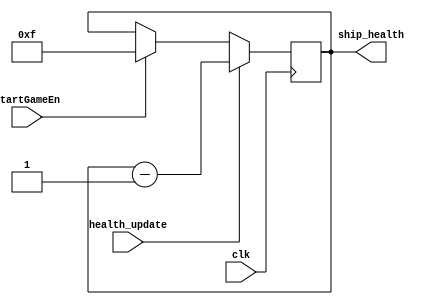
module health_handler(ship_health, clk, health_update, startGameEn);
	input clk; // default 50mhz clock on de2 board
	input health_update; // prompts us to decrement ship's health
	input startGameEn;
	output reg [3:0] ship_health; // four bit register we're storing ship's health on 
	
	always@(posedge clk) begin
		if(startGameEn) begin
			ship_health <= 4'b1111;
		end
		if(health_update) begin
			ship_health <= ship_health - 1'b1;
		end
	end

endmodule